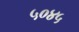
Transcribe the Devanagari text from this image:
५०४५